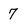
Character: 7